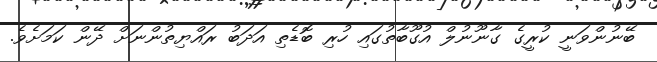
ބޭނުންވަނީ ކުރީގެ ގާނޫނުލް އުގޫބާތުގައި ހުރި ބޮޑެތި އަދަބު ރައްޔިތުންނަށް ދޭން ކަމަށެވެ.